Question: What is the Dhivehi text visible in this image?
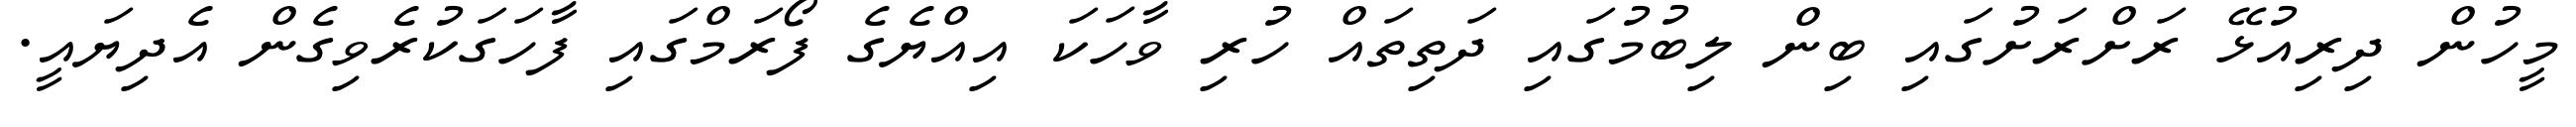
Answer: މީހުން ދިރިއުޅޭ ރަށްރަށުގައި ބިން ލިބުމުގައި ދަތިތައް ހުރި ވާހަކަ އިއްޔެގެ ފޯރަމްގައި ފާހަގަކުރެވިގެން އެދިޔައީ.